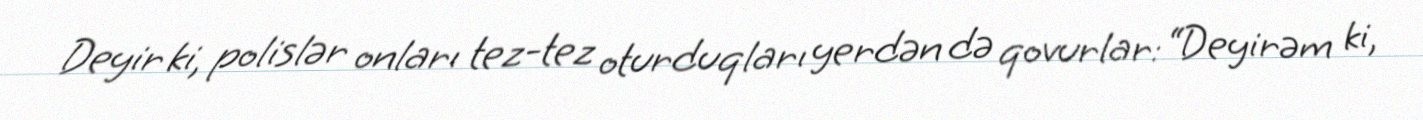
Deyir ki, polislər onları tez-tez oturduqları yerdən də qovurlar: “Deyirəm ki,